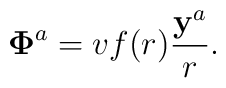
{\bf \Phi}^a=vf(r)\frac{{\bf y}^a}{r}.